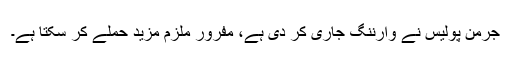
جرمن پولیس نے وارننگ جاری کر دی ہے، مفرور ملزم مزید حملے کر سکتا ہے۔